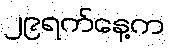
၂၉ရက်နေ့က